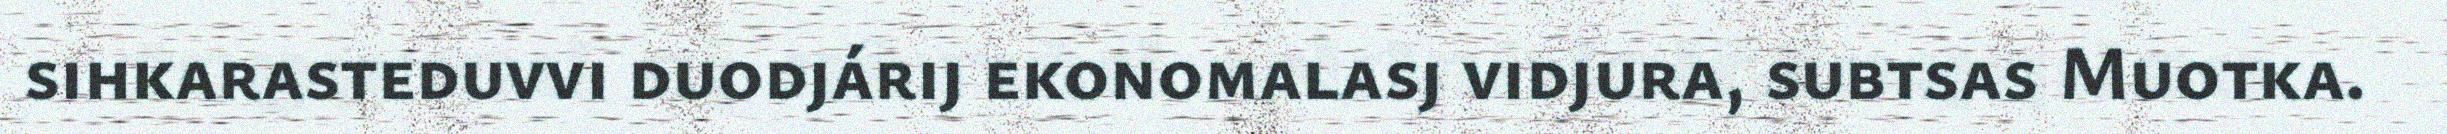
sihkarasteduvvi duodjárij ekonomalasj vidjura, subtsas Muotka.